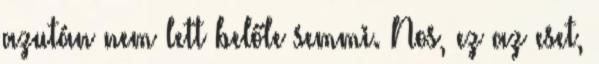
azután nem lett belőle semmi. Nos, ez az eset,